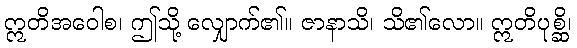
ဣတိအဝေါစ၊ ဤသို့ လျှောက်၏။ ဇာနာသိ၊ သိ၏လော။ ဣတိပုစ္ဆိ၊